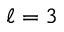
\ell = 3